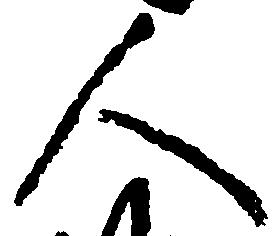
人